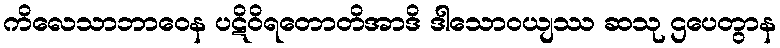
ကိလေသာဘာဝေန ပဋိဝိရတောတိအာဒိ ဒါသောဝယျဿ ဆသု ဌပေတွာန